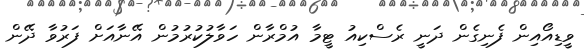
ވީޑިއޯއިން ފެނިގެން ދަނީ ރެސްކިއު ޓީމާ އުމްރާން ހަވާލުކުރުމުން އޭނާއަށް ފަރުވާ ދޭން